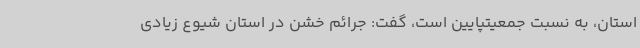
استان، به نسبت جمعیتپایین است، گفت: جرائم خشن در استان شیوع زیادی